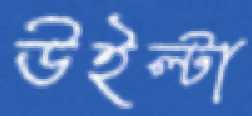
উইল্টা